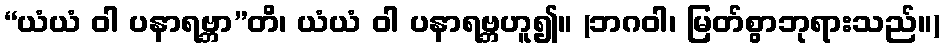
“ယံယံ ဝါ ပနာရဗ္ဘာ”တိ၊ ယံယံ ဝါ ပနာရဗ္ဘဟူ၍။ (ဘဂဝါ၊ မြတ်စွာဘုရားသည်။)